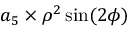
a _ { 5 } \times \rho ^ { 2 } \sin ( 2 \phi )